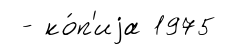
- ко́п'иjа 1975